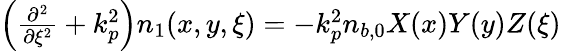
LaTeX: \begin{array}{r}{\left(\frac{\partial^{2}}{\partial{\xi}^{2}}+k_{p}^{2}\right)n_{1}(x,y,\xi)=-k_{p}^{2}n_{b,0}X(x)Y(y)Z(\xi)}\end{array}